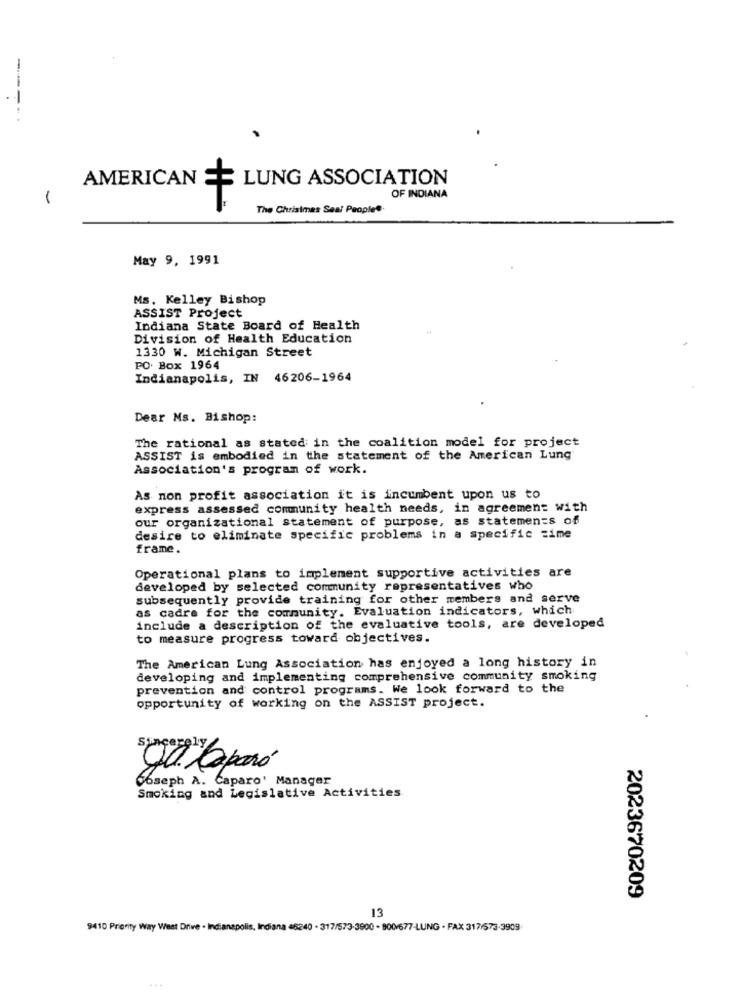
-----.
AMERICAN
LUNG ASSOCIATION
-
OF INDIANA
The Christmas Seal People®
May 9, 1991
Ms, Kelley Bishop
ASSIST Project
Indiana State Board of Health
Division of Health Education
1330 W. Michigan Street
PO. Box 1964
Indianapolis, IN 46206-1964
Dear Ms. Bishop:
The rational as stated in the coalition model for project
ASSIST is embodied in the statement of the American Lung
Association's program of work.
As non profit association it is incumbent upon us to
express assessed community health needs, in agreement with
our organizational statement of purpose, as statements of
desire to eliminate specific problems in a specific =ime
frame.
Operational plans to implement supportive activities are
developed by selected community representatives who
subsequently provide training for other members and serve
as cadre for the community. Evaluation indicators, which
include a description of the evaluative tools, are developed
to measure progress toward objectives.
The American Lung Association has enjoyed a long history in
developing and implementing comprehensive community smoking
prevention and control programs. We look forward to the
opportunity of working on the ASSIST project.
66seph A. Caparo' Manager
Smoking and Legislative Activities
2023670209
13
9410 Priority Way West Drive . Indianapolis, Indiana 46240 - 317/573-3900 - 800/677-LUNG - FAX 317/573-3909